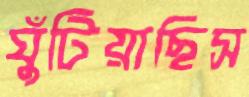
ঘুঁটিয়াছিস